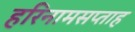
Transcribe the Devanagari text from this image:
हरिनामसप्ताह